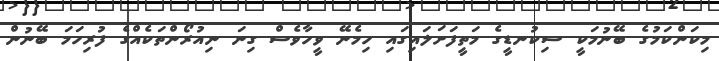
މިކަންކަމުގެ ބޭނުމަކީ ސިކުނޑީގެ މަތީފަށަލައިގައި ހިމެނޭ ވީހާވެސް ގިނަ ނިއުރޯންތަކެއްގެ ފުރިހަމަ ބޭނުން